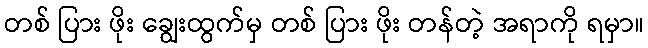
တစ် ပြား ဖိုး ချွေးထွက်မှ တစ် ပြား ဖိုး တန်တဲ့ အရာကို ရမှာ။